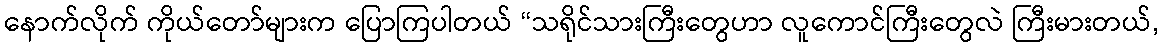
နောက်လိုက် ကိုယ်တော်များက ပြောကြပါတယ် “သရိုင်သားကြီးတွေဟာ လူကောင်ကြီးတွေလဲ ကြီးမားတယ်,